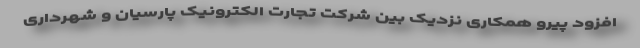
افزود پیرو همکاری نزدیک بین شرکت تجارت الکترونیک پارسیان و شهرداری